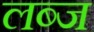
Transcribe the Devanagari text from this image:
लब्ज